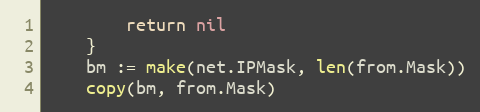
Language: Go
		return nil
	}
	bm := make(net.IPMask, len(from.Mask))
	copy(bm, from.Mask)